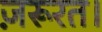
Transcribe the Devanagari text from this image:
ज़रूरत।